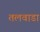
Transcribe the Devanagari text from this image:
तलवाडा